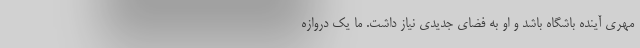
مهری آینده باشگاه باشد و او به فضای جدیدی نیاز داشت. ما یک دروازه